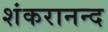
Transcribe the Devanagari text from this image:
शंकरानन्द